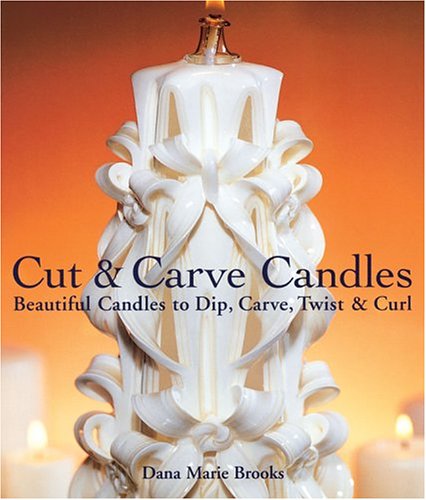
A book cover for Cut & Carve Candles: Beautiful Candles to Dip, Carve, Twist & Curl; Dana Brooks; Crafts, Hobbies & Home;